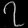
Digit: ၇